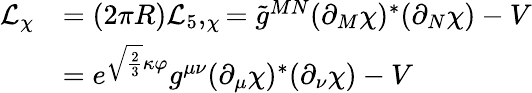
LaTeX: \begin{array}{ll}{{{\cal L}_{\chi}}}&{{=(2\pi R){\cal L}_{5},_{\chi}=\tilde{g}^{MN}(\partial_{M}\chi)^{*}(\partial_{N}\chi)-V}}\\ {{}}&{{=e^{\sqrt{\frac 23}\kappa\varphi}g^{\mu\nu}(\partial_{\mu}\chi)^{*}(\partial_{\nu}\chi)-V}}\end{array}